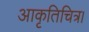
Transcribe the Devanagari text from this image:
आकृतिचित्र।